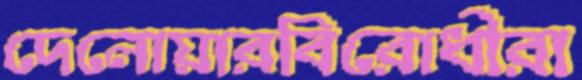
দেলোয়ারবিরোধীরা